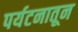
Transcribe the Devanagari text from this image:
पर्यटनातून